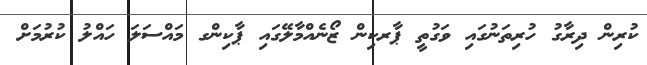
ކުރިން ދިރާގު ހުރިތަނުގައި ވަގުތީ ޕާރކިން ޒޯނެއްމާލޭގައި ޕާކިންގ މައްސަލަ ހައްލު ކުރުމަށް